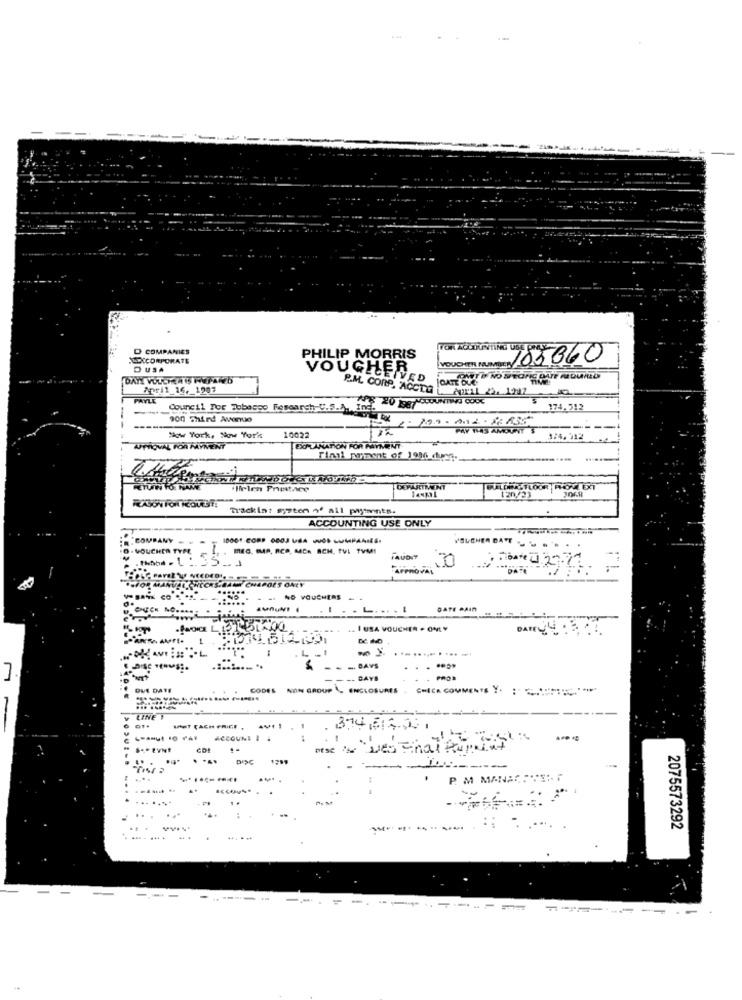
D COMPANIES
DICORPORATE
PHILIP MORRIS
VOUCHER NUMBERY
10536C
DUSA
VOUCHER
EIVED
DATE DUE
Ppr 1 16, 1907
P.M. CORP, ACCTA
CODc
Council For Tobacco Research U.5.A. Ing.
$ 20 1987
174,512
son Third Avenue
PAY 1HAS AMOUNT 3
*w York. * w York
10022
3/4.312
APPROVAL FOR MYMENT
DOMANATION FOR PAYMENT
Final payment of 1996 dueg.
flirten Prestace
DEPARTMENT
120//23
Trackin? systen of all payments.
ACCOUNTING USE ONLY
COMPANY
VOUCHER TYME
MEG, IMAP, RCS, MCA ACH, FVL TVMI
.0
Armoval
OR MA
.- - - VQUE
L .... .
DATE MAIN
.. I USA VOUCHER - ONLY
DISE HOUSE.
. - - - DAYS
.. . ....
--- DAYS
DUE DATE
CODES NON GROUP . ENCLOSURES . CHECK COMMENTS Y. .....
-
LINE !
UT CACH PRICE .
CDI
Dise " Les Final Rumint
DISC 1299
-
-
P. M MANACCENT
.....
........
. ..
...
:
.. .
-----
2075573292
4